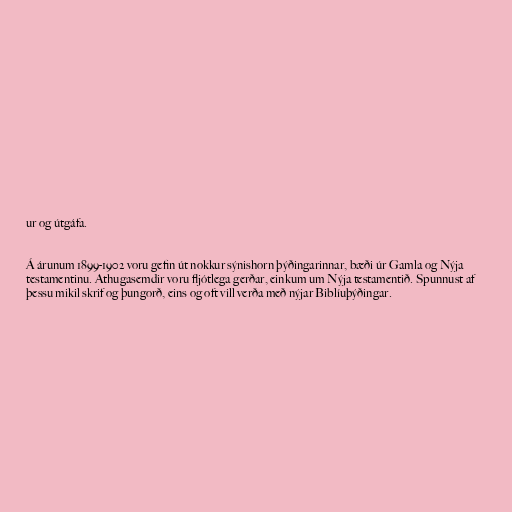
ur og útgáfa.

Á árunum 1899-1902 voru gefin út nokkur sýnishorn þýðingarinnar, bæði úr Gamla og Nýja
testamentinu. Athugasemdir voru fljótlega gerðar, einkum um Nýja testamentið. Spunnust af
þessu mikil skrif og þungorð, eins og oft vill verða með nýjar Biblíuþýðingar.